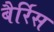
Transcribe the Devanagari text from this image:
बैर्रिस